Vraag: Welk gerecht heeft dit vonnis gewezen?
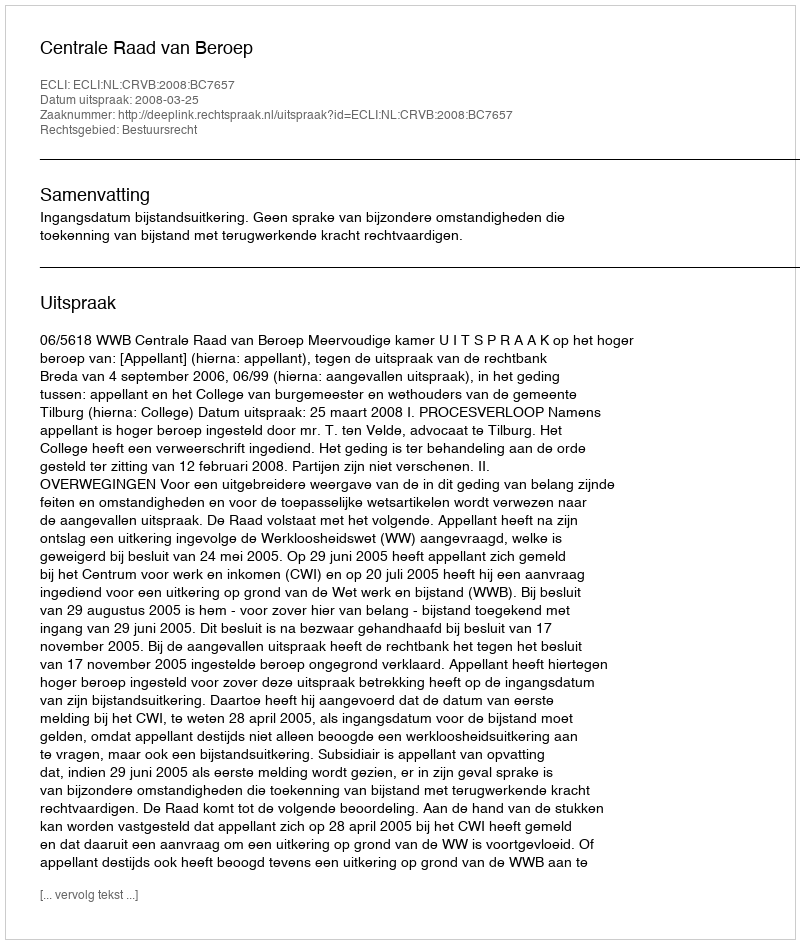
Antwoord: Centrale Raad van Beroep